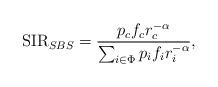
LaTeX: \begin{align*}\textnormal{SIR}_{SBS} = \frac{p_c f_{c} r^{-\alpha}_{c}}{\sum_{i \in \Phi} p_{i} f_{i} r^{-\alpha}_{i}},\end{align*}